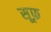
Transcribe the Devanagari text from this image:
सूफ़